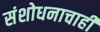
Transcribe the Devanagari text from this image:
संशोधनाचाही